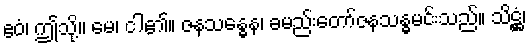
ဧဝံ၊ ဤသို့။ မေ၊ ငါ၏။ ဇနသန္ဓေန၊ ခမည်းတော်ဇနသန္ဓမင်းသည်။ သိဋ္ဌံ၊